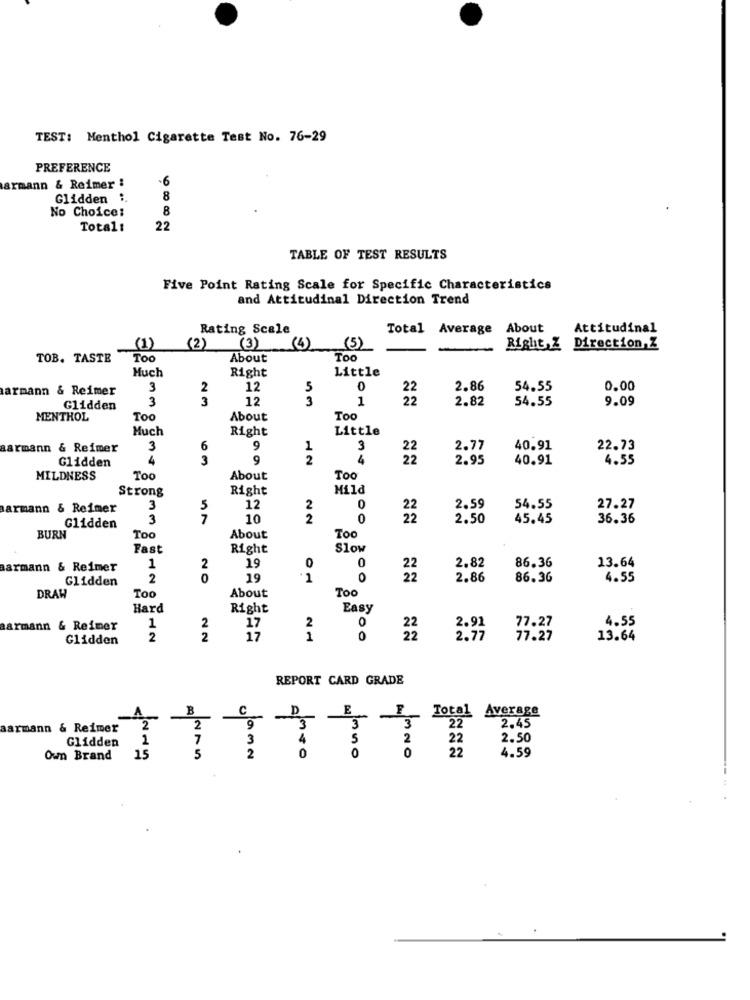
TEST: Menthol Cigarette Test No. 76-29
PREFERENCE
-6
armann & Reimer :
Glidden :.
8
8
No Choice:
Total:
22
TABLE OF TEST RESULTS
Five Point Rating Scale for Specific Characteristics
and Attitudinal Direction Trend
Rating Scale
Total Average
About
Attitudinal
(1)
(4)
(5)
(2)
(3)
Right,Z Direction,Z
TOB. TASTE
Too
About
Too
Much
Right
Little
armann & Reimer
3
2
12
5
0
22
2.86
54.55
0.00
3
3
12
3
1
22
2.82
54.55
9.09
Glidden
MENTHOL
Too
About
Too
Much
Right
Little
Barmann & Reimer
3
9
1
3
2.77
40.91
22.73
Glidden
3
9
2
4
22
2.95
40.91
4.55
MILDNESS
To
About
Too
Strong
Right
Mild
armann & Reimer
3
5
12
2
22
2.59
54.55
27.27
3
7
10
2
0
22
2.50
45.45
36.36
Glidden
BURN
To
About
Too
Fast
Right
Slow
19
0
0
2.82
86.36
13.64
Barmann & Reimer
1
2
Glidden
2
0
19
1
0
22
2.86
86.36
4.55
Too
DRAH
To
About
Hard
Right
Easy
1
2
2
0
aarmann & Reimer
17
22
2.91
77.27
4.55
Glidden
2
2
17
1
0
22
2.77
77.27
13.64
REPORT CARD GRADE
B
C
Total
Average
3
aarmann & Reimer
2
2
Glidden
1
7
3
2
15
5
2
0
Own Brand
Anto
350
4.59